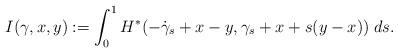
LaTeX: \begin{align*}I(\gamma,x,y) := \int_0^1 H^*(-\dot \gamma_s + x-y, \gamma_s + x + s(y-x))\;ds.\end{align*}